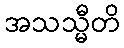
အသသ္မီတိ